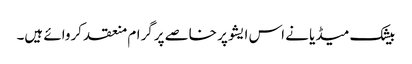
بیشک میڈیا نے اس ایشو پر خاصے پرگرام منعقد کروائے ہیں۔